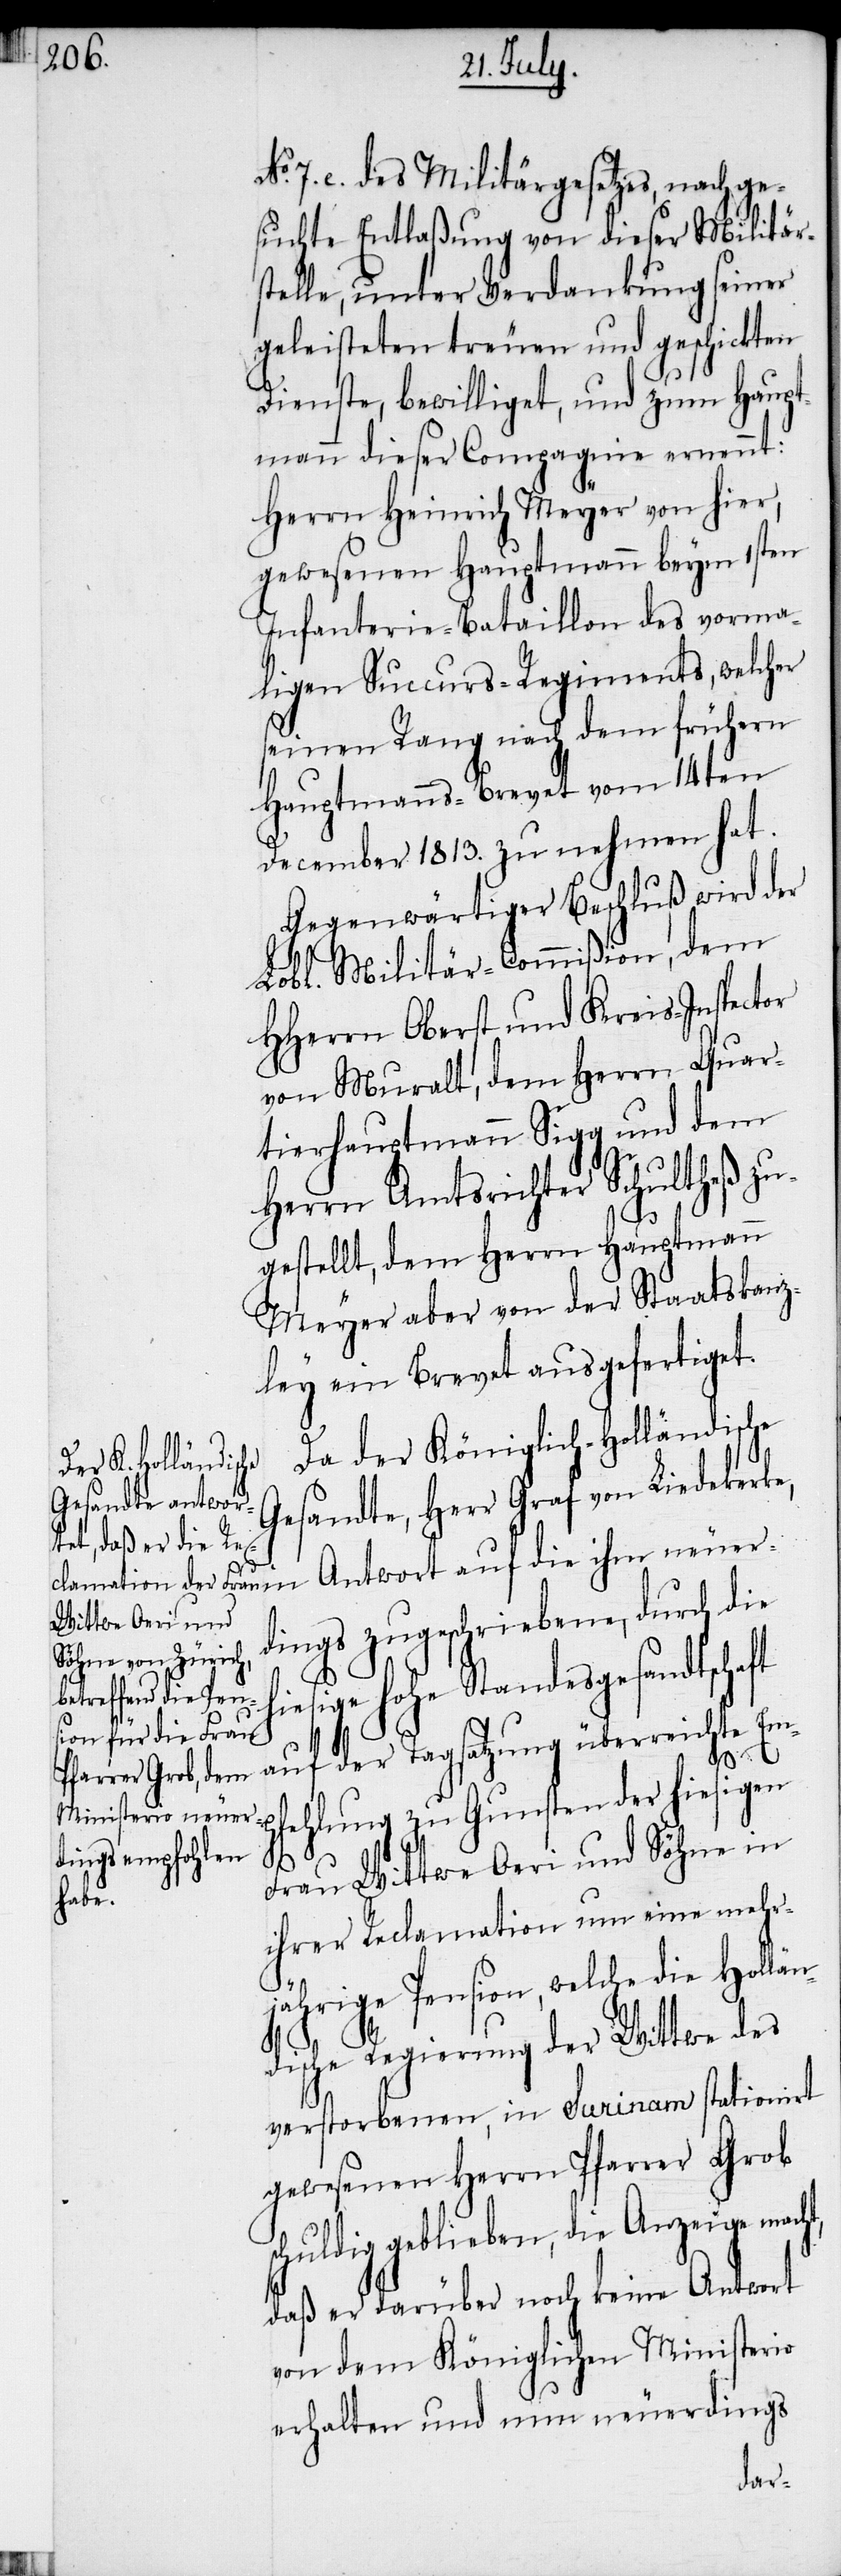
7. e. des Militärgesetzes, nachge¬
suchte Entlaßung von dieser Militär¬
stelle, unter Verdankung seiner
geleisteten treuen und geschickten
Dienste, bewilliget, und zum Haupt¬
mann dieser Compagnie ernennt:
Herrn Heinrich Meyer von hier,
gewesenen Hauptmann beym 1sten
Infanterie-Bataillon des vorma¬
ligen Succurs-Regiments, welcher
seinen Rang nach dem frühern
Hauptmanns-Brevet vom 14ten
December 1813. zu nehmen hat.
Gegenwärtiger Beschluß wird der
Lobl. Militär-Commißion, dem
HHerrn Oberst und Kreis-Inspector
von Muralt, dem Herrn Haupt¬
Meyer aber von der Staatskanz¬
ley ein Brevet ausgefertiget.
Da der Königlich-Holländische
Gesandte, Herr Graf von Liedekerke,
in Antwort auf die ihm neuer¬
dings zugeschriebene, durch die
iesige hohe Standesgesandtschaft
auf der Tagsatzung überreichte Em¬
h¬
pfehlung zu Gunsten der hiesigen
Frau Wittwe Oeri und Söhne in
ihrer Reclamation um eine mehr¬
jährige Pension, welche die Hollän¬
dische Regierung der Wittwe des
verstorbenen, in Surinam stationirt
gewesenen Herrn Pfarrer Grob
schuldig geblieben, die Anzeige macht,
daß er darüber noch keine Antwort
von dem Königlichen Ministerio
erhalten und nun neuerdings